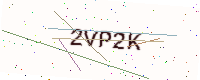
Text: 2VP2K